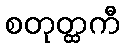
စတုတ္ထကီ